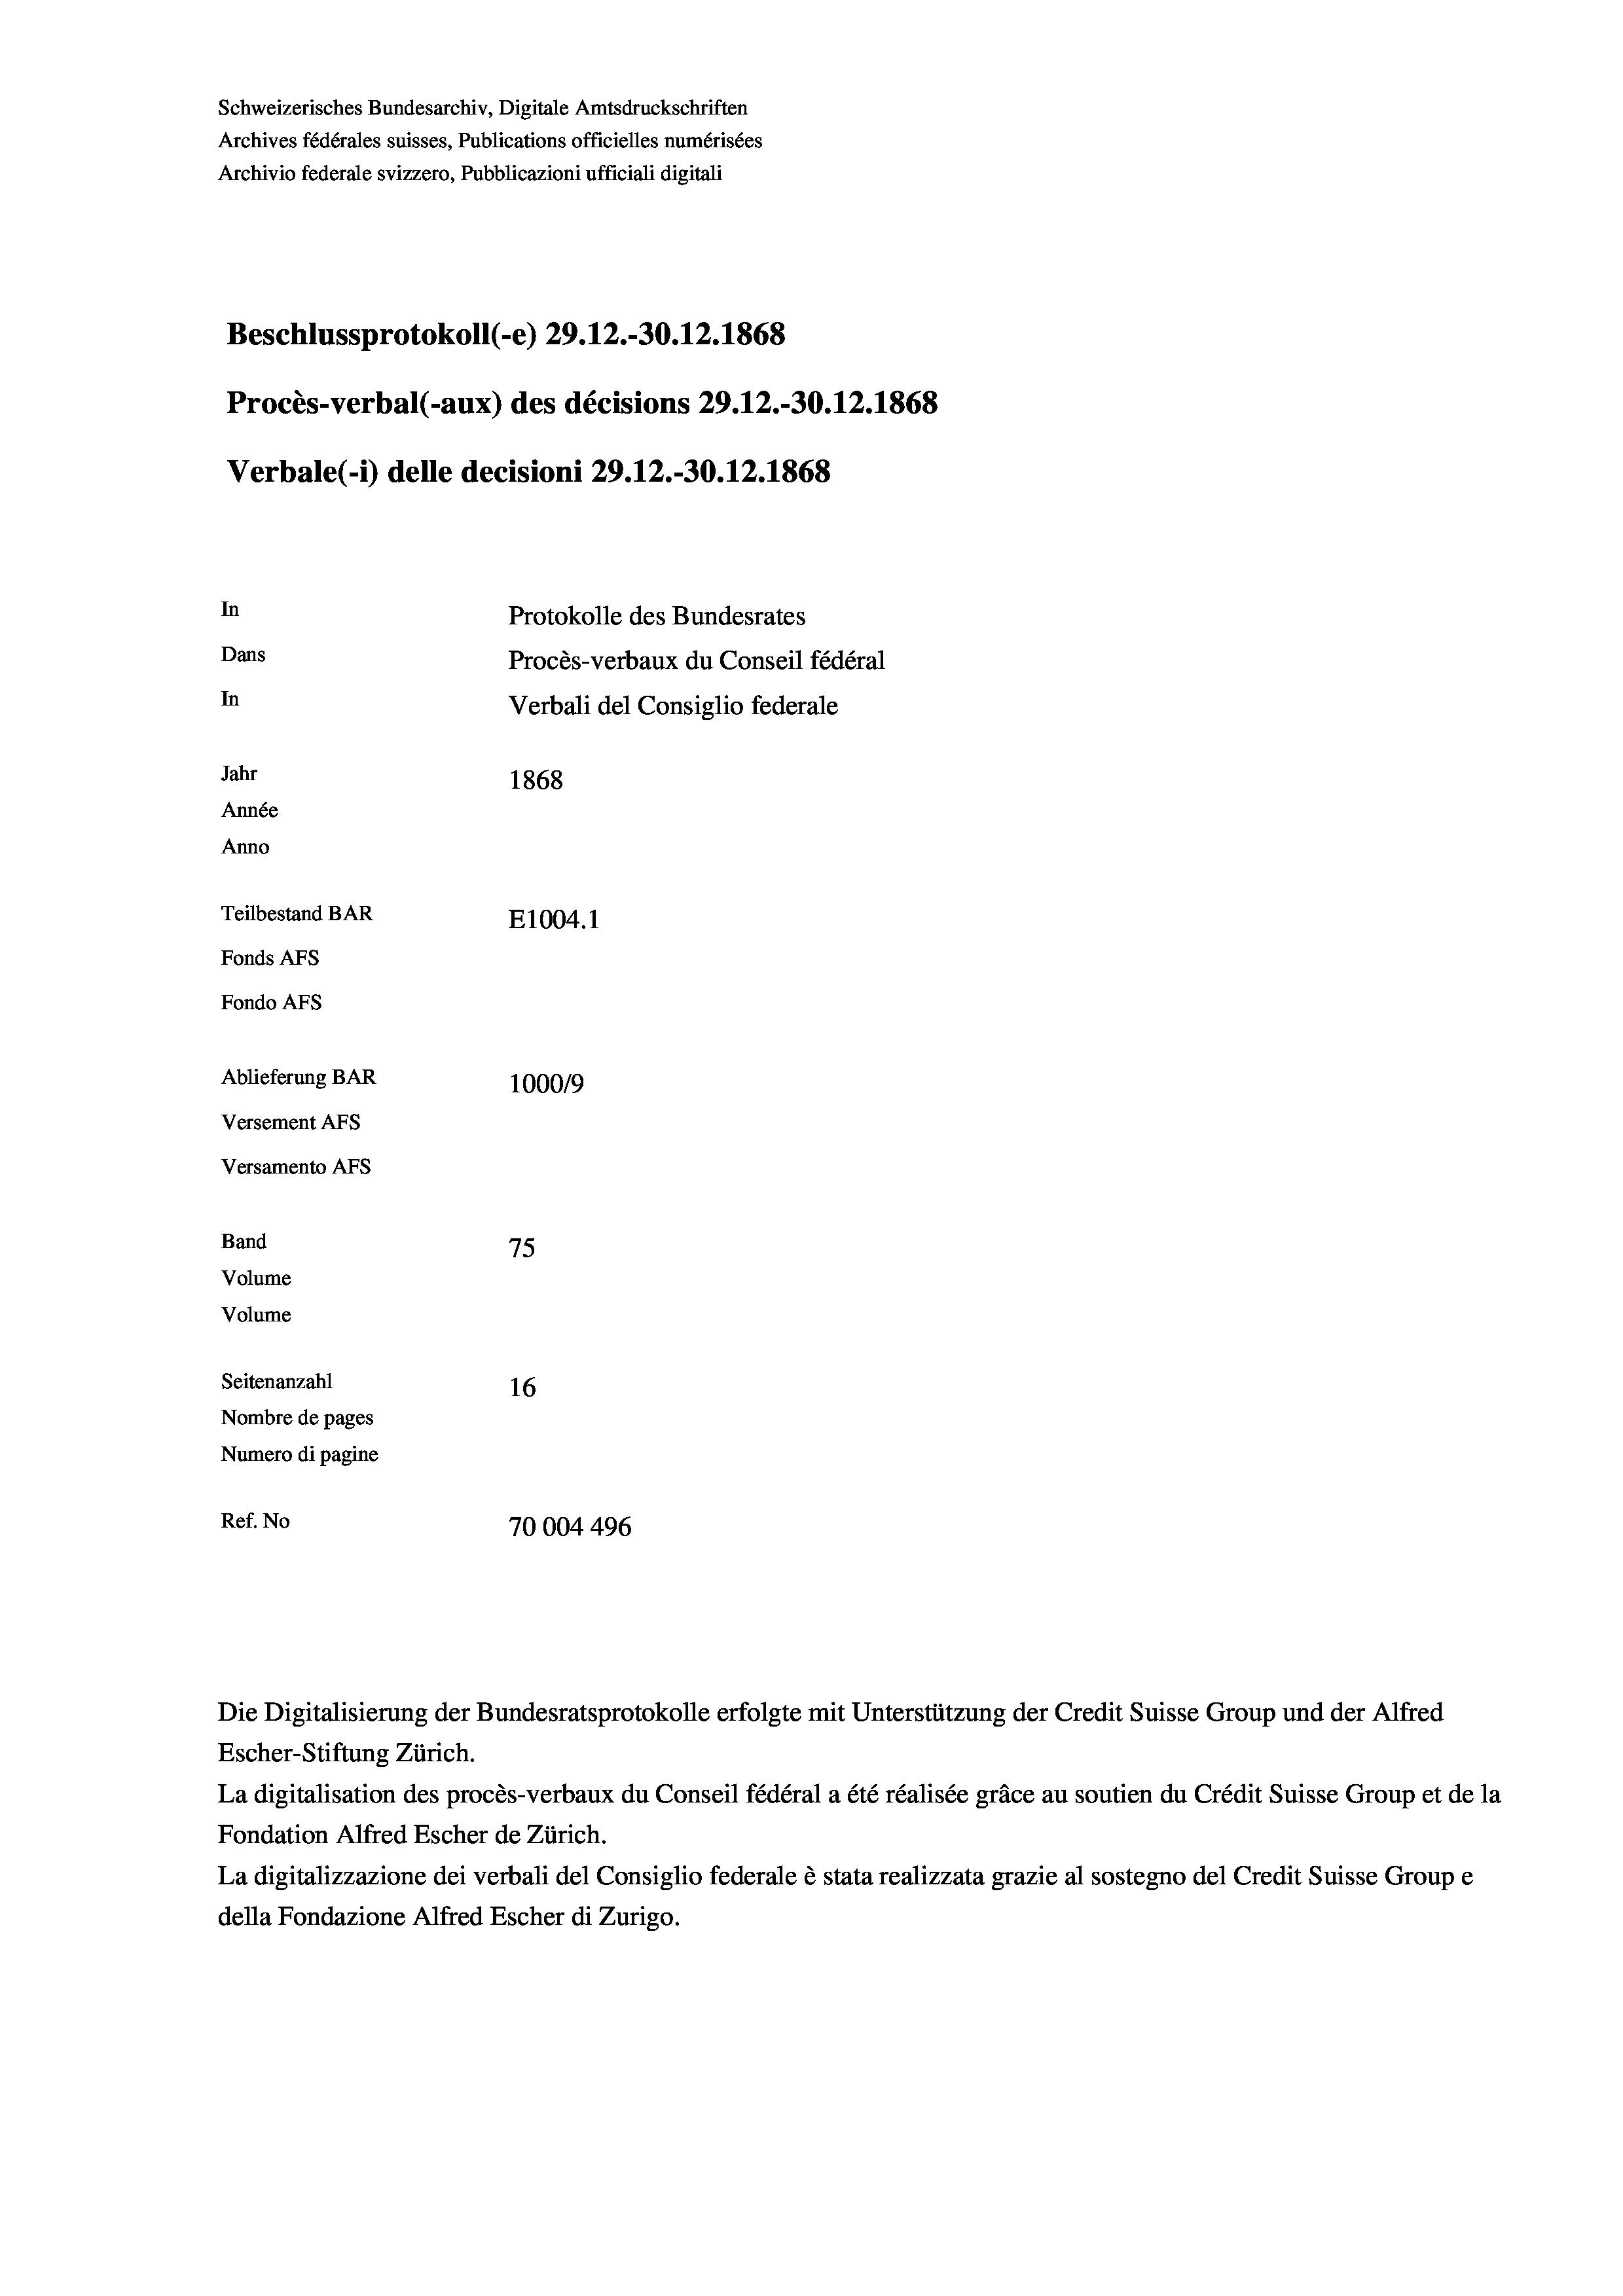
Schweizerisches Bundesarchiv, Digitale Amtsdruckschriften
Archives fédérales suisses, Publications officielles numérisées
Archivio federale svizzero, Pubblicazioni ufficiali digitali
Beschlussprotokoll (-e) 29.12.- 30. 12. 1868
Procès-verbal (-aux) des décisions 29.12.-30.12.1868
Verbale(-*) delle decisioni 29.12.-30.12.1868
In
Protokolle des Bundesrates
Dans
Procès-verbaux du Conseil fédéral
In
Verbali del Consiglio federale
Jahr
1868
Année
Anno
Teilbestand BAR
E1004. 1
Fonds AFs
Fondo AFS
Ablieferung BAR
100019
Versement AFs
Versamento AFs
Band
75
Volume
Volume
Seitenanzahl
16
Nombre de pages
Numero di pagine
Ref. No
70004496

Die Digitalisierung der Bundesratsprotokolle erfolgte mit Unterstützung der Credit Suisse Group und der Alfred
Escher-Stiftung Zürich.
La digitalisation des procès-verbaux du Conseil fédéral a été réalisée gräce au soutien du Crédit Suisse Group et de la
Fondation Alfred Escher de Zürich.
La digitalizzazione dei verbali del Consiglio federale è stata realizzata grazie al sostegno del Credit Suisse Groupe
della Fondazione Alfred Escher di Zurigo.